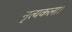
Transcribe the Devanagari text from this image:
नृत्‍यकला।